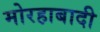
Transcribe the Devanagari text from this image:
मोरहाबादी